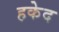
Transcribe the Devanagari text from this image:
हकेद